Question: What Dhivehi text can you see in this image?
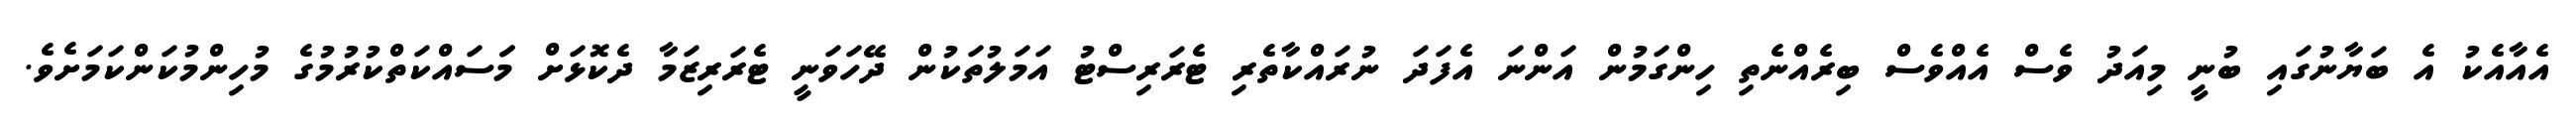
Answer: އެއާއެކު އެ ބަޔާނުގައި ބުނީ މިއަދު ވެސް އެއްވެސް ބިރެއްނެތި ހިންގަމުން އަންނަ އެފަދަ ނުރައްކާތެރި ޓެރަރިސްޓު އަމަލުތަކުން ދޭހަވަނީ ޓެރަރިޒަމާ ދެކޮޅަށް މަަސައްކަތްކުރުމުގެ މުހިންމުކަންކަމަށެވެ.